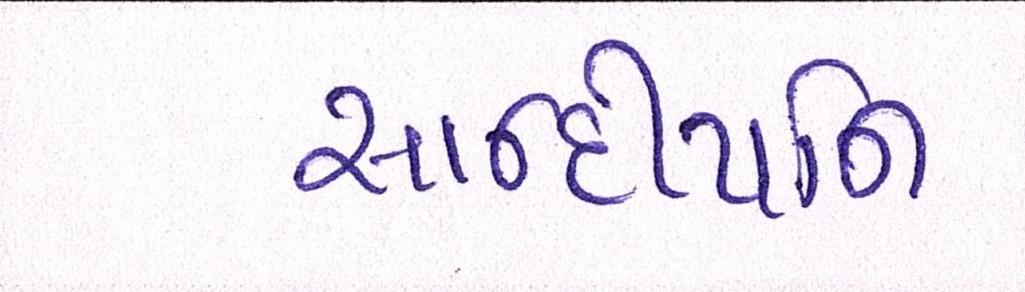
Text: સાન્દીપનિ